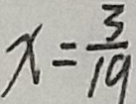
x = \frac { 3 } { 1 9 }